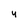
Character: 4